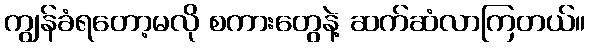
ကျွန်ခံရတော့မလို စကားတွေနဲ့ ဆက်ဆံလာကြတယ်။